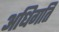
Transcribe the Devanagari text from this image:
अधिगति